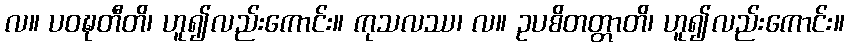
လ။ ပဝဍ္ဎတီတိ၊ ဟူ၍လည်းကောင်း။ ကုသလဿ၊ လ။ ဥပစိတတ္တာတိ၊ ဟူ၍လည်းကောင်း။